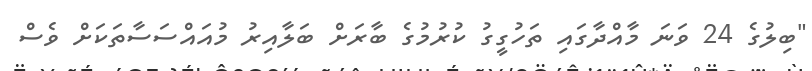
"ބިލުގެ 24 ވަނަ މާއްދާގައި ތަހުގީގު ކުރުމުގެ ބާރަށް ބަލާއިރު މުއައްސަސާތަކަށް ވެސް